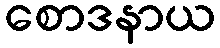
စောဒနာယ